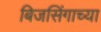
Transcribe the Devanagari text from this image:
बिजसिंगाच्या